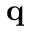
{ \bf q }